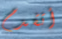
أتقدم